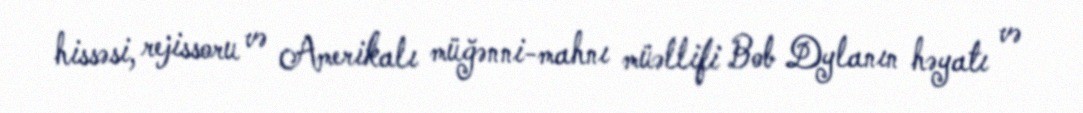
hissəsi, rejissoru və Amerikalı müğənni-mahnı müəllifi Bob Dylanın həyatı və